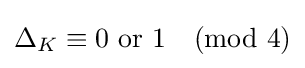
\Delta _{K}\equiv 0{\text{ or }}1{\pmod {4}}